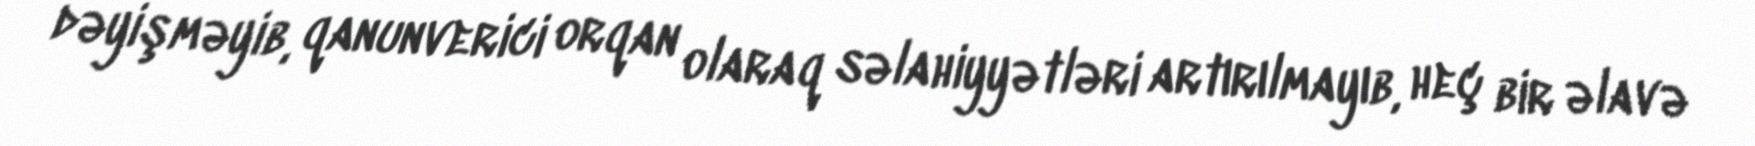
dəyişməyib, qanunverici orqan olaraq səlahiyyətləri artırılmayıb, heç bir əlavə